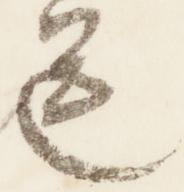
送